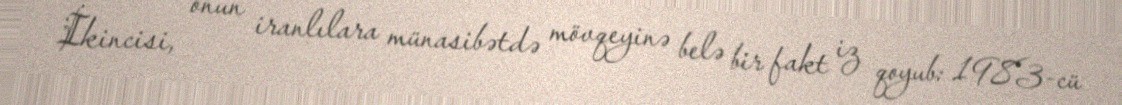
İkincisi, onun iranlılara münasibətdə mövqeyinə belə bir fakt iz qoyub: 1983-cü